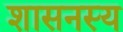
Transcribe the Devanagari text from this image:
शासनस्य